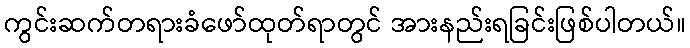
ကွင်းဆက်တရားခံဖော်ထုတ်ရာတွင် အားနည်းရခြင်းဖြစ်ပါတယ်။